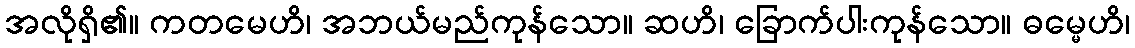
အလိုရှိ၏။ ကတမေဟိ၊ အဘယ်မည်ကုန်သော။ ဆဟိ၊ ခြောက်ပါးကုန်သော။ ဓမ္မေဟိ၊